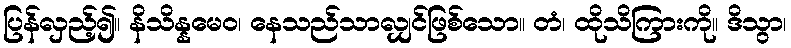
ပြန်လှည့်၍။ နိသိန္နမေဝ၊ နေသည်သာလျှင်ဖြစ်သော။ တံ၊ ထိုသိကြားကို။ ဒိသွာ၊